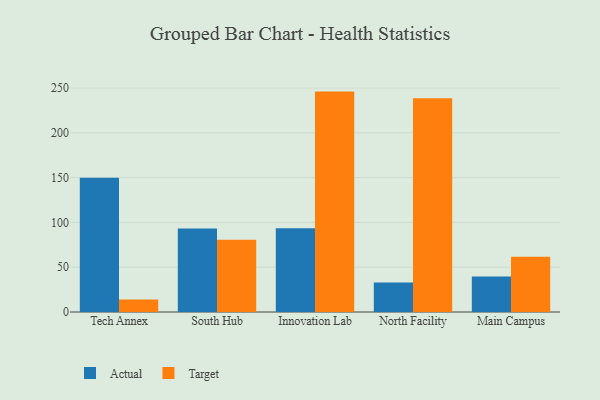
{"axis": {"x": "Campus", "y": "Page Views"}, "legend": ["Actual", "Target"], "data": [{"x": "Tech Annex", "y": 149.9, "type": "Actual"}, {"x": "Tech Annex", "y": 13.9, "type": "Target"}, {"x": "South Hub", "y": 93.1, "type": "Actual"}, {"x": "South Hub", "y": 80.6, "type": "Target"}, {"x": "Innovation Lab", "y": 93.6, "type": "Actual"}, {"x": "Innovation Lab", "y": 246.0, "type": "Target"}, {"x": "North Facility", "y": 33.0, "type": "Actual"}, {"x": "North Facility", "y": 238.7, "type": "Target"}, {"x": "Main Campus", "y": 39.7, "type": "Actual"}, {"x": "Main Campus", "y": 61.7, "type": "Target"}]}